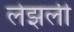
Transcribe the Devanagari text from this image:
लेझली